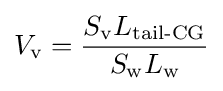
V_{\text{v}}={\frac {S_{\text{v}}L_{\text{tail-CG}}}{S_{\text{w}}L_{\text{w}}}}